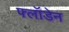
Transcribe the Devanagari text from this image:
फ्लॉडेन